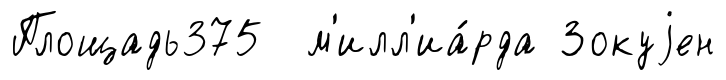
Площадь375 м'илл'иа́рда Зокуjен